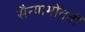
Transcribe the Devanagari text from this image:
सैन्याभोंवतीं